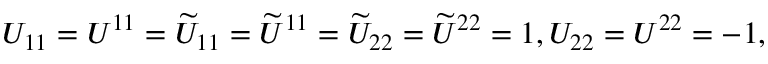
U _ { 1 1 } = U ^ { 1 1 } = \widetilde { U } _ { 1 1 } = \widetilde { U } ^ { 1 1 } = \widetilde { U } _ { 2 2 } = \widetilde { U } ^ { 2 2 } = 1 , U _ { 2 2 } = U ^ { 2 2 } = - 1 ,